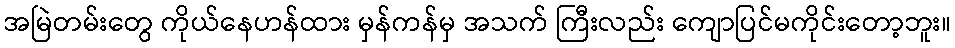
အမြဲတမ်းတွေ ကိုယ်နေဟန်ထား မှန်ကန်မှ အသက် ကြီးလည်း ကျောပြင်မကိုင်းတော့ဘူး။